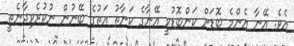
އެވެ. އޭނާ އެންމެ ބޮޑަށް ކަންބޮޑުވީ އޭނާގެ ކަނާތު އަތުގެ ބޭނުން ނުކުރެވިދާނެތީ